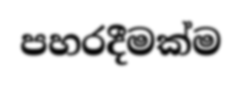
පහරදීමක්ම